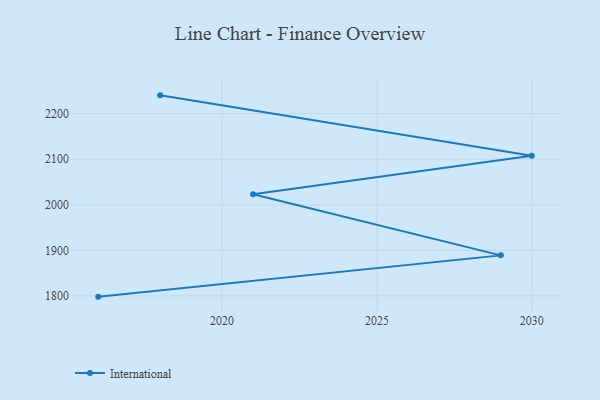
{"axis": {"x": "Year", "y": "Waste Production (Tons)"}, "legend": ["International"], "data": [{"x": "2018", "y": 2240.1, "type": "International"}, {"x": "2030", "y": 2107.3, "type": "International"}, {"x": "2021", "y": 2023.1, "type": "International"}, {"x": "2029", "y": 1888.9, "type": "International"}, {"x": "2016", "y": 1798.3, "type": "International"}]}